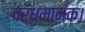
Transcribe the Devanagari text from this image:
वर्धमानक।